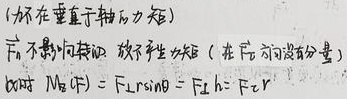
（标在垂直于轴的力矩）$\vec{F}_{n}$ 不影响扭矩，故不产生转矩（在 $\vec{F}_{n}$ 方向没有分量）。此时
\[
M_{n}(\vec{F}) = Fl\sin\theta = Fl_{1} = Fr
\]